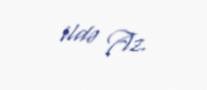
ildə Az.